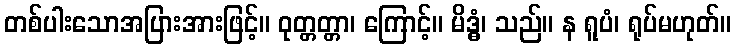
တစ်ပါးသောအပြားအားဖြင့်။ ဝုတ္တတ္တာ၊ ကြောင့်။ မိဒ္ဓံ၊ သည်။ န ရူပံ၊ ရုပ်မဟုတ်။